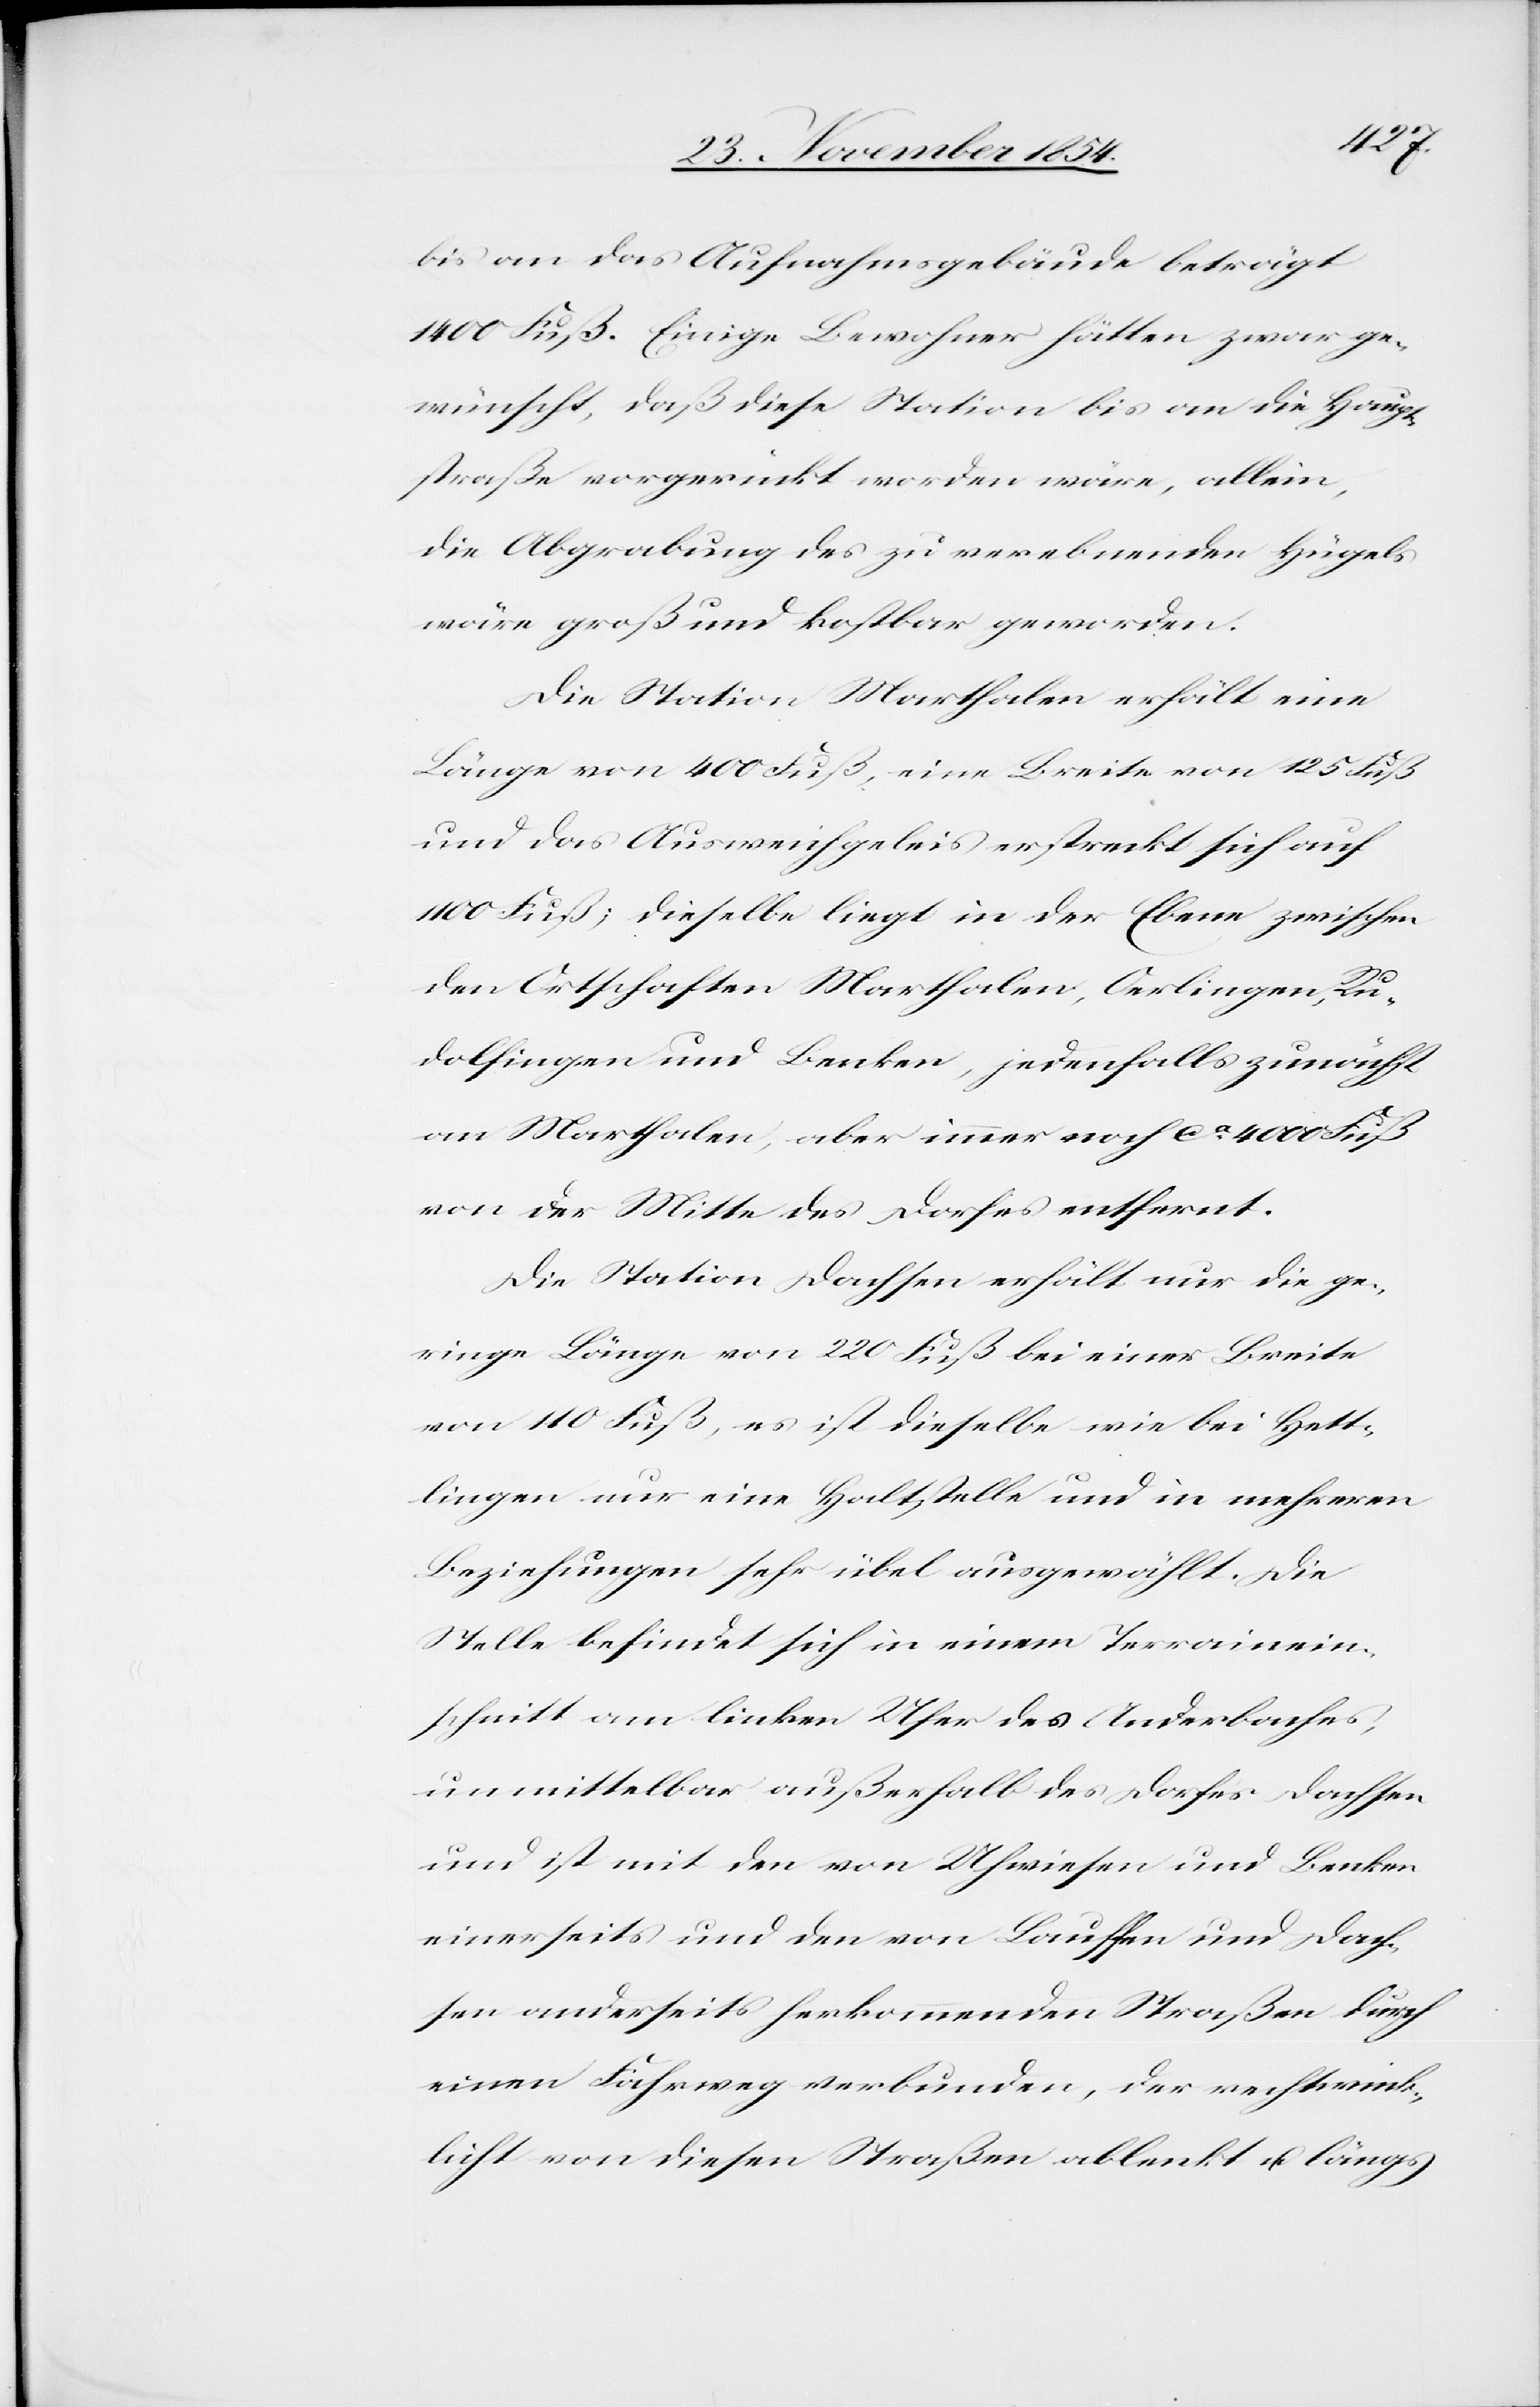
bis an das Aufnahmsgebäude beträgt
1400 Fuß. Einige Bewohner hätten zwar ge¬
wünscht, daß diese Station bis an die Haupt¬
straße vorgerückt worden wäre, allein,
die Abgrabung des zu verebnenden Hügels
wäre groß und kostbar geworden.
Die Station Marthalen erhält eine
Länge von 400 Fuß, eine Breite von 125 Fuß
und das Ausweichgeleis erstreckt sich auf
1100 Fuß; dieselbe liegt in der Ebene zwischen
den Ortschaften Marthalen, Oerlingen, Ru¬
dolfingen und Benken, jedenfalls zunächst
an Marthalen, aber immer noch ca 4000 Fuß
von der Mitte des Dorfes entfernt.
Die Station Dachsen erhält nur die ge¬
ringe Länge von 220 Fuß bei einer Breite
von 110 Fuß, es ist dieselbe wie bei Hett¬
lingen nur eine Haltstelle und in mehreren
Beziehungen sehr übel ausgewählt. Die
Stelle befindet sich in einem Terrainein¬
schnitt am linken Ufer des Anderbaches,
unmittelbar außerhalb des Dorfes Dachsen
und ist mit den von Uhwiesen und Benken
einerseits und den von Lauffen und Dach¬
sen anderseits herkommenden Straßen durch
einen Fahrweg verbunden, der rechtwink¬
licht von diesen Straßen ablenkt u. längs